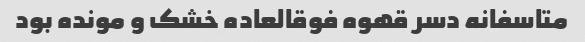
متاسفانه دسر قهوه فوقالعاده خشک و مونده بود